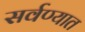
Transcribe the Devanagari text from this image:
सर्वण्यात